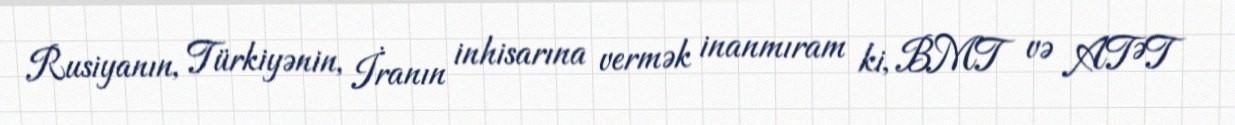
Rusiyanın, Türkiyənin, İranın inhisarına vermək inanmıram ki, BMT və ATƏT